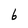
Character: b